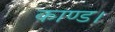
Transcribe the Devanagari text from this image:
काण्ड।